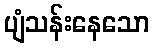
ပျံသန်းနေသော